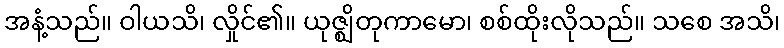
အနံ့သည်။ ဝါယသိ၊ လှိုင်၏။ ယုဇ္ဈိတုကာမော၊ စစ်ထိုးလိုသည်။ သစေ အသိ၊